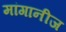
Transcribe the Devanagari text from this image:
मांगानीज